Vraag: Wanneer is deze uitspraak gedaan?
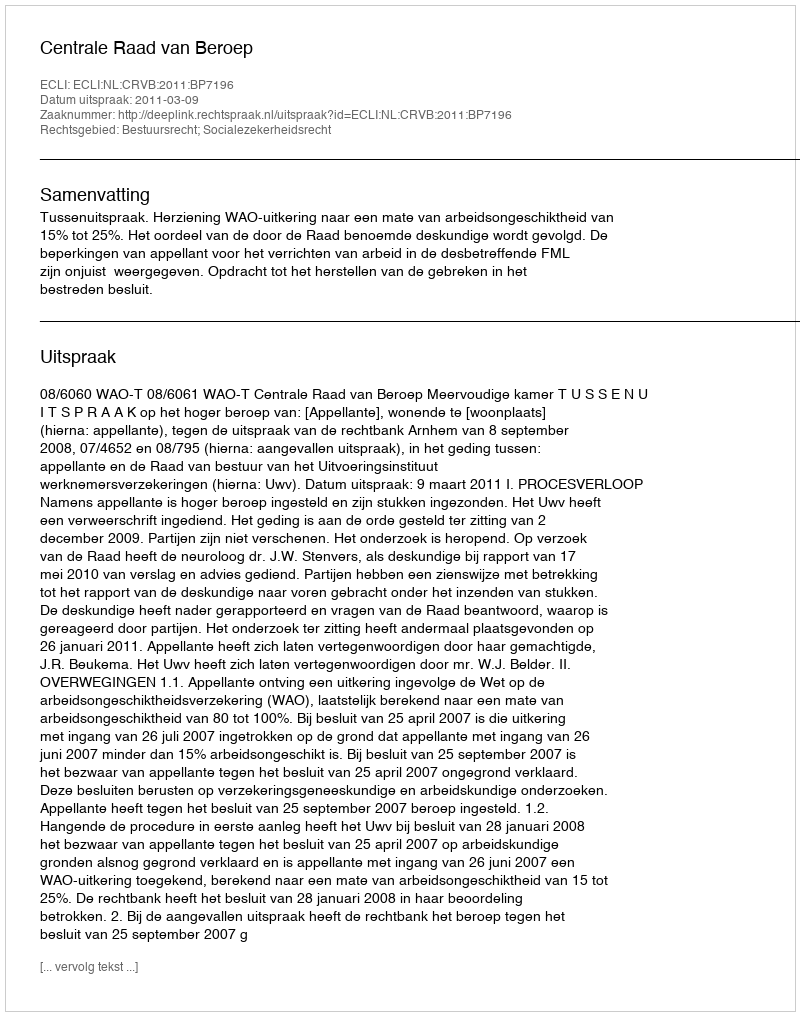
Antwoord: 2011-03-09